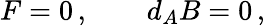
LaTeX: F=0\, ,\qquad d_{A}B=0\, ,